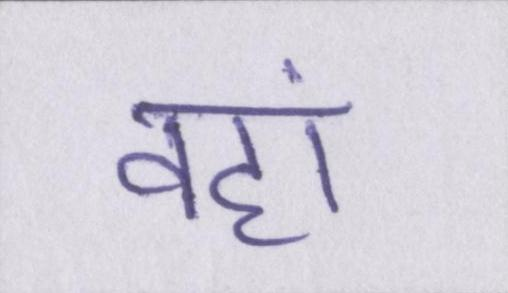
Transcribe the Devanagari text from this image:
वहां